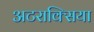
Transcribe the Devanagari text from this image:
अटराक्सिया